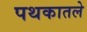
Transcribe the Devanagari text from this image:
पथकातले